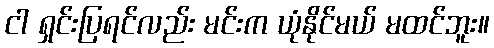
ငါ ရှင်းပြရင်လည်း မင်းက ယုံနိုင်မယ် မထင်ဘူး။